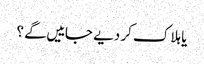
یا ہلاک کر دیے جاییں گے ؟